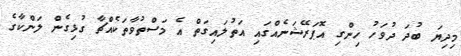
މިދިޔަ ބުދަ ދުވަހު ހިންގި އޮޕަރޭޝަނެއްގައި އަތުލައިގަތް އެ މަސްތުވާތަކެއްޗާ ގުޅިގެން ލަންކާގެ